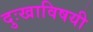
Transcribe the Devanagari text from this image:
दुःखाविषयी